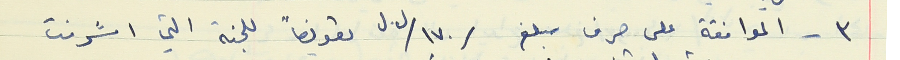
٣ - الموافقة على صرف مبلغ /١٧٠/ ل.ل تعويضاً للجنة التي اشرفت